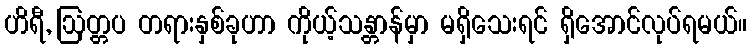
ဟိရီ, ဩတ္တပ တရားနှစ်ခုဟာ ကိုယ့်သန္တာန်မှာ မရှိသေးရင် ရှိအောင်လုပ်ရမယ်။